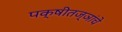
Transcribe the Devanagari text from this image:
पक्षीतज्ञांचे